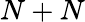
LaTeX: N+N